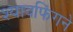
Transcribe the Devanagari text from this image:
श्यावफिंगने